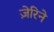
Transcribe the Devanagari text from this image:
ज़ेरिने